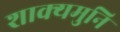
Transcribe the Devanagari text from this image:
शाक्‍यमुनि